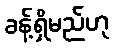
ခန့်ရှိမည်ဟု